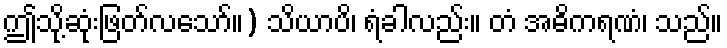
ဤသို့ဆုံးဖြတ်လသော်။) သိယာပိ၊ ရံခါလည်း။ တံ အဓိကရဏံ၊ သည်။